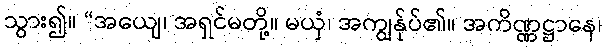
သွား၍။ “အယျေ၊ အရှင်မတို့။ မယှံ၊ အကျွန်ုပ်၏။ အကိဏ္ဏဋ္ဌာနေ၊